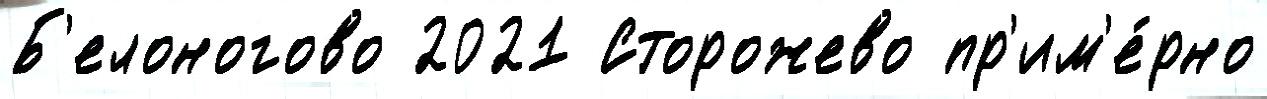
Б'елоногово 2021 Сторожево пр'им'е́рно